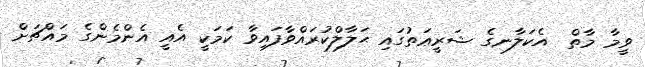
ވީމާ މާތް  އެކަލާނގެ ޝަރީޢަތުގައި ޙަލާލްކުރައްވާފައިވާ ކަމަކީ އެއީ އެންމެންގެ މައްޗަށް